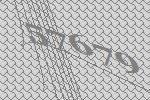
57679